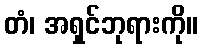
တံ၊ အရှင်ဘုရားကို။